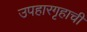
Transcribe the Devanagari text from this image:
उपहारगृहाची